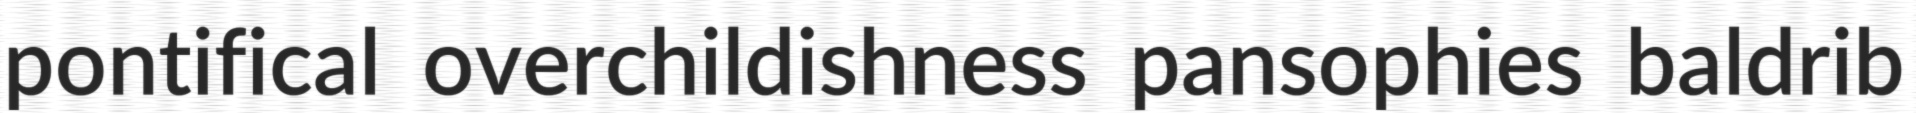
pontifical overchildishness pansophies baldrib